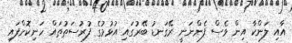
އާއި ލަންކާ އިން ވެސް ފެންނަނީ ރޭގަނޑު ބޭރުގައި އުޅުމުގެ ފުރުސަތުތައް ހަނިކޮށްފައި